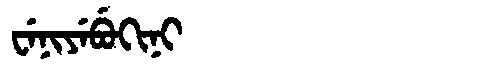
Manchu: ᠸᡝᠨᡳᠶᡝᠪᡠᡴᡳᠨᡳ
Romanization: WENIYEBUKINI